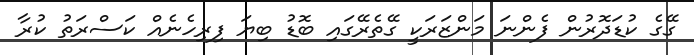
ގޭގެ ކުޑަދޮރުން ފެންނަ މަންޒަރަކީ ގޭތެރޭގައި ބޮޑު ބިޔަ ފިރިހެނެއް ކަސްރަތު ކުރާ